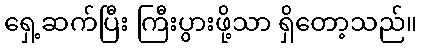
ရှေ့ဆက်ပြီး ကြီးပွားဖို့သာ ရှိတော့သည်။